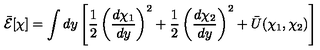
\bar { { \cal E } } [ \chi ] = \int d y \left[ \frac { 1 } { 2 } \left( \frac { d \chi _ { 1 } } { d y } \right) ^ { 2 } + \frac { 1 } { 2 } \left( \frac { d \chi _ { 2 } } { d y } \right) ^ { 2 } + \bar { U } ( \chi _ { 1 } , \chi _ { 2 } ) \right]